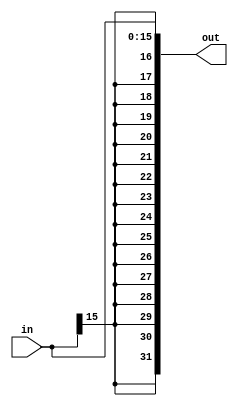
module sign_extend(in, out);
  input [15:0] in;
  output [31:0] out;

  assign out = {{16{in[15]}}, in};
endmodule

module shl_2(in, out);
  input [31:0] in;
  output [31:0] out;

  assign out = {in[29:0], 2'b00};
endmodule

module adder(a, b, out);
  input [31:0] a, b;
  output [31:0] out;

  assign out = a + b;
endmodule

module d_flop(d, clk, q);
  input [31:0] d;
  input clk;

  output reg [31:0] q;

  initial begin
    q <= 32'b0;
  end

  always @ (posedge clk)
    q <= d;
endmodule

module mux2_32(d0, d1, a, out);
  input [31:0] d0, d1;
  input a;
  output [31:0] out;
  assign out = a ? d1 : d0;
endmodule

module mux2_5(d0, d1, a, out);
  input [4:0] d0, d1;
  input a;
  output [4:0] out;
  assign out = a ? d1 : d0;
endmodule